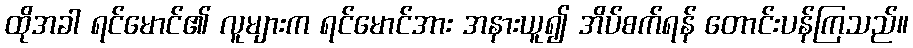
ထိုအခါ ရင်မောင်၏ လူများက ရင်မောင်အား အနားယူ၍ အိပ်စက်ရန် တောင်းပန်ကြသည်။